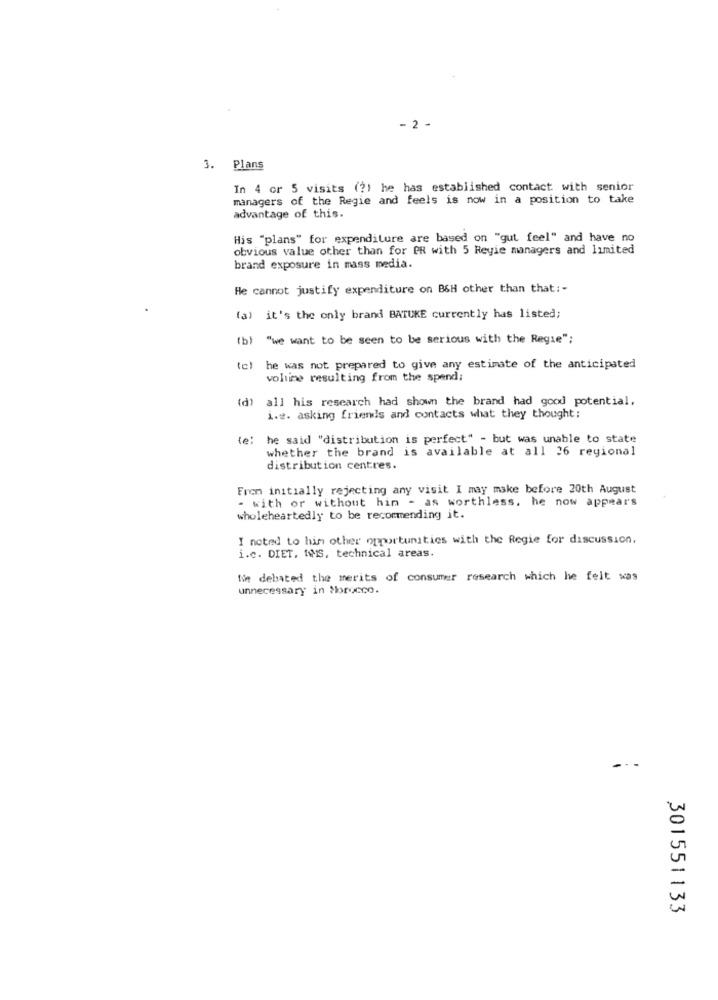
- 2 -
3. Plans
In 4 or 5 visits (?) he has established contact with senior
managers of the Regie and feels is now in a position to take
advantage of this.
His "plans" for expenditure are based on "gut feel" and have no
obvious value other than for ER with 5 Reyie managers and limited
brand exposure in mass media.
He cannot justify expenditure on BSH other than that :-
(a) it's the only brand BATUKE currently has listed;
(b) "we want to be seen to be serious with the Regie";
(c)
he was not prepared to give any estimate of the anticipated
voltime resulting from the spend;
(d) all his research had shown the brand had good potential.
i.e. asking friends and contacts what they thought:
(e: he said "distribution is perfect" - but was unable to state
whether the brand is available at all 26 regional
distribution centres.
Frem initially rejecting any visit I may make before 20th August
- with or without him - as worthless. he now appears
wholeheartedly to be recommending it.
I noted to him other opportunities with the Regie for discussion,
i.c. DIET. IWS, technical areas.
Nie debated the merits of consumer research which he felt was
unnecessary in Morocco.
301551133